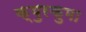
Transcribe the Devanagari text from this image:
क्युरकुमा